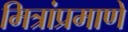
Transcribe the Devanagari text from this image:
मित्रांप्रमाणे